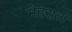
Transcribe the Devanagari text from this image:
मेहरातों